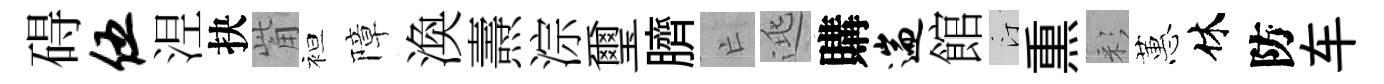
碍伍𣵀抉觜袒障渙燾淙璽臍亡逃購遄館汀𤋱彩蕙休防车